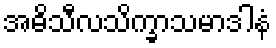
အဓိသီလသိက္ခာသမာဒါနံ